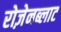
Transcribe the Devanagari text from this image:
रोज़ेनब्लाट